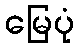
မြေပုံ